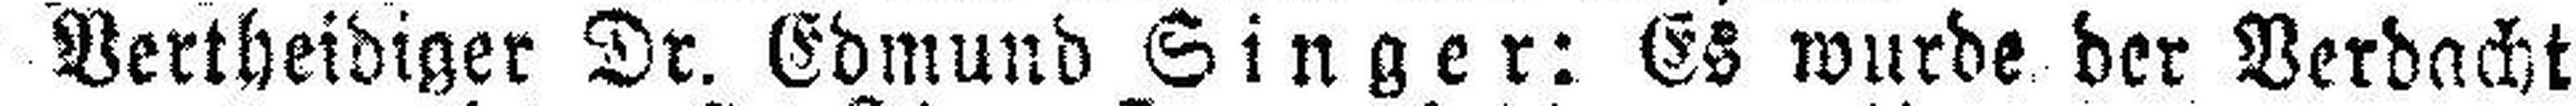
Vertheidiger Dr. Edmund Singer: Es wurde der Verdacht